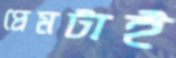
প্রেমটাই